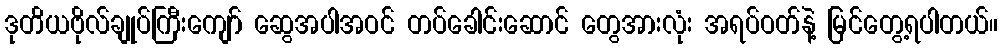
ဒုတိယဗိုလ်ချုပ်ကြီးကျော် ဆွေအပါအဝင် တပ်ခေါင်းဆောင် တွေအားလုံး အရပ်ဝတ်နဲ့ မြင်တွေ့ရပါတယ်။